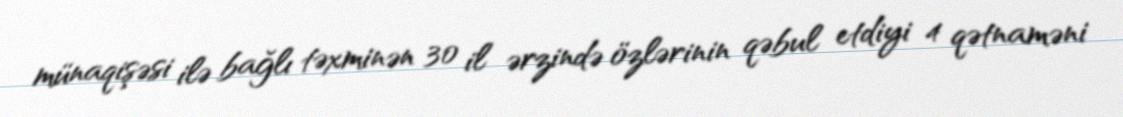
münaqişəsi ilə bağlı təxminən 30 il ərzində özlərinin qəbul etdiyi 4 qətnaməni